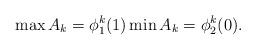
LaTeX: \begin{align*} \max A_{k} = \phi_{1}^{k}(1) \min A_{k} = \phi_{2}^{k}(0).\end{align*}